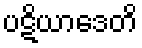
ပဋိယာဒေတိ